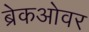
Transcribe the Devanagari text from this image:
ब्रेकओवर